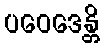
ပဝေဒေန္တိ